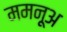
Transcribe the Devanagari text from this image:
ममनूअ